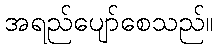
အရည်ပျော်စေသည်။